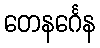
တေနင်္ဂေန